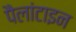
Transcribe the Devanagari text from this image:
पैलांटाइन